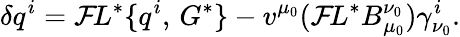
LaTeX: \delta q^{i}={\cal F}\! L^{*}\{ q^{i},\, G^{*}\} -v^{\mu_{0}}({\cal F}\! L^{*}B_{\mu_{0}}^{\nu_{0}})\gamma_{\nu_{0}}^{i}.